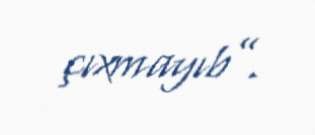
çıxmayıb”.